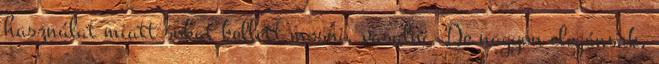
használat miatt sokat kellett mosni, vasalni. De nagyon elegánsak,